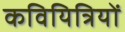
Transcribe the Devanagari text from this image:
कवियित्रियों